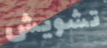
تشويش